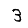
Digit: 3